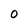
Character: O